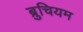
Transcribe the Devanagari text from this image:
ब्रुचियम